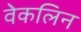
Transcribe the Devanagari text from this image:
वेकलिन